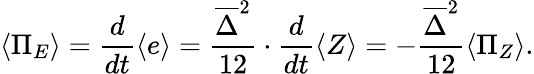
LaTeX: \langle\Pi_{E}\rangle=\frac{d}{dt}\langle e\rangle=\frac{\overline{{\Delta}}^{2}}{12}\cdot\frac{d}{dt}\langle Z\rangle=-\frac{\overline{{\Delta}}^{2}}{12}\langle\Pi_{Z}\rangle.